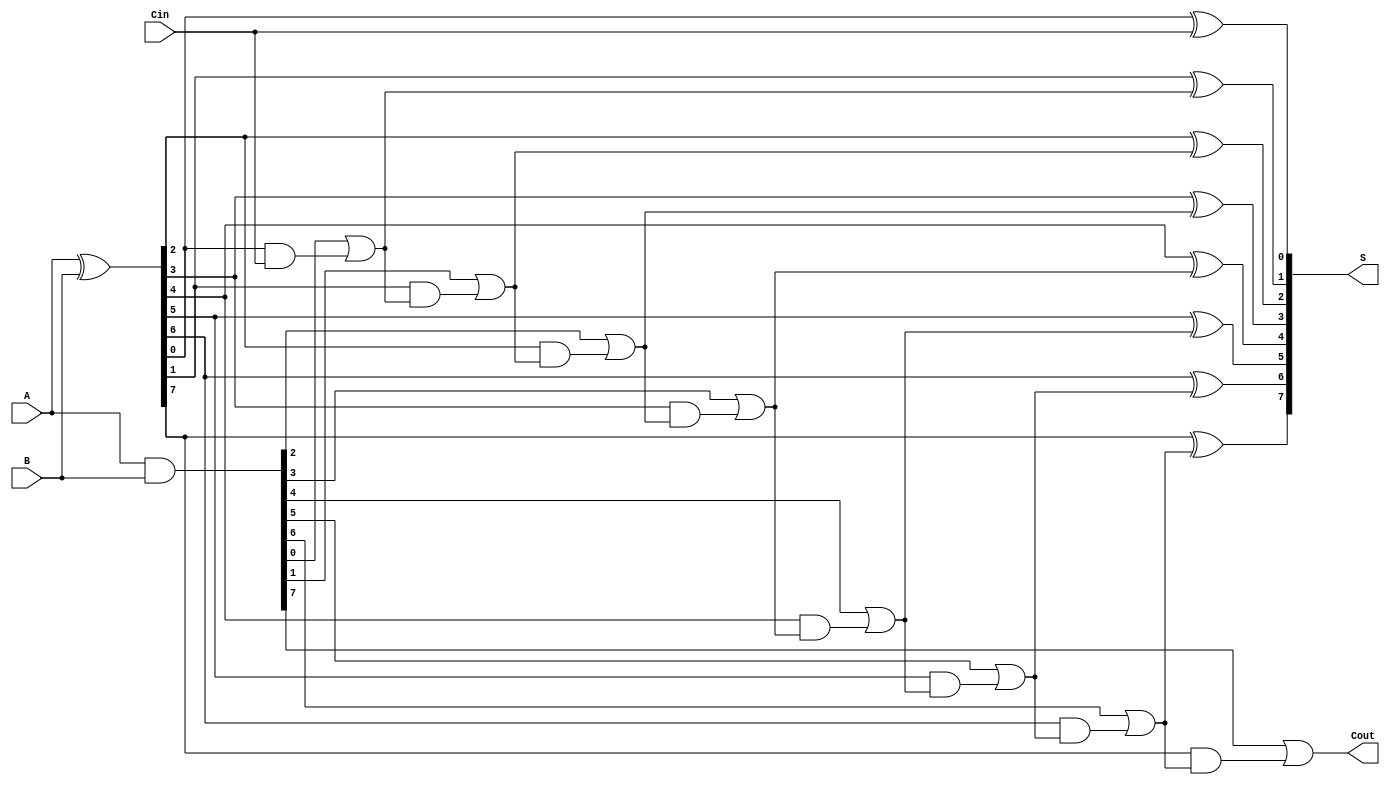
module KoggeStoneAdder #(parameter n = 8) (
    input [n-1:0] A,
    input [n-1:0] B,
    input Cin,
    output [n-1:0] S,
    output Cout
);

    // Generate and Propagate signals
    wire [n-1:0] G;
    wire [n-1:0] P;
    wire [n:0] C;  // Carry array, C can go from C[0] to C[n]

    // Generate and Propagate logic
    assign G = A & B;              // G[i] = A[i] & B[i]
    assign P = A ^ B;              // P[i] = A[i] ^ B[i]

    // Carry initialization
    assign C[0] = Cin;             // Initial carry is Cin

    // Carry generation using KSA logic
    genvar i, j;
    generate
        for (i = 0; i < n; i = i + 1) begin : carry_generation
            assign C[i + 1] = G[i] | (P[i] & C[i]);  // C[i+1] calculation
        end
    endgenerate

    // Sum calculation
    assign S[0] = P[0] ^ C[0];
    generate
        for (j = 1; j < n; j = j + 1) begin : sum_calculation
            assign S[j] = P[j] ^ C[j];  // S[i] = P[i] ^ C[i]
        end
    endgenerate

    // Final Carry Out
    assign Cout = G[n-1] | (P[n-1] & C[n-1]); // Cout calculation

endmodule